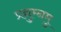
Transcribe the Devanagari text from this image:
प्रद्युम्नमु